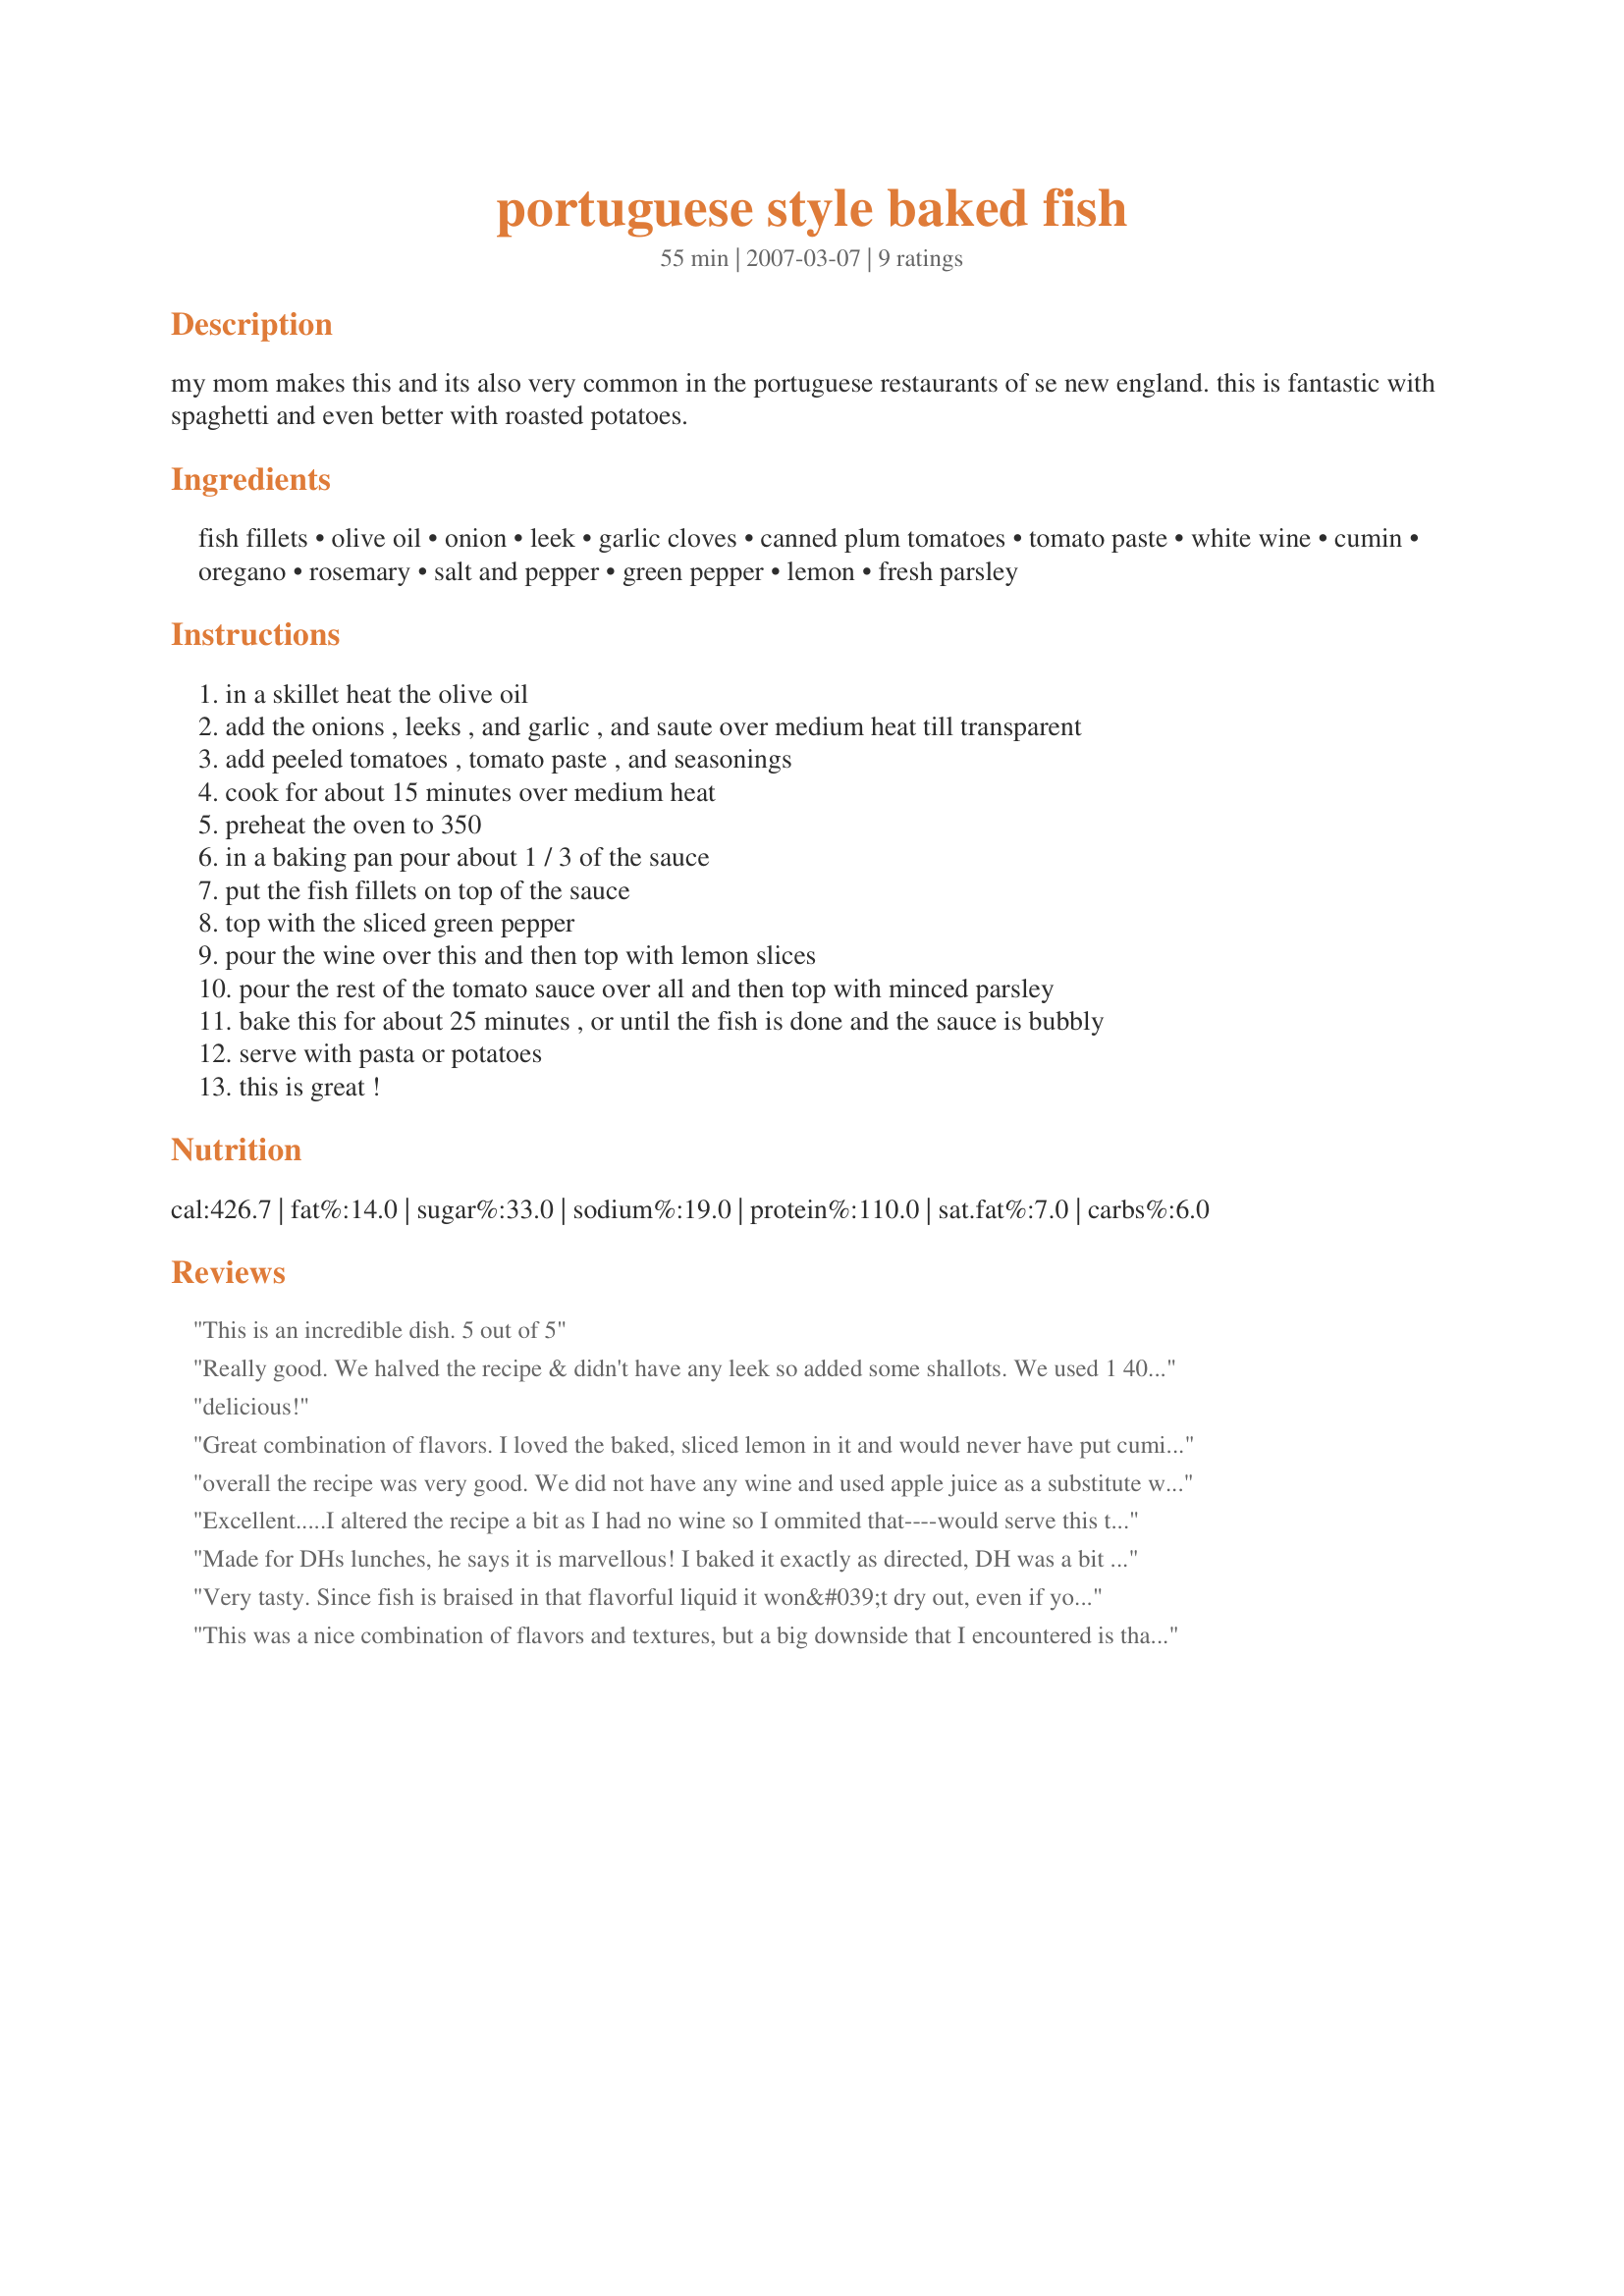
portuguese style baked fish
Preparation time: 55 minutes

my mom makes this and its also very common in the portuguese restaurants of se new england. this is fantastic with spaghetti and even better with roasted potatoes.

Ingredients:
fish fillets, olive oil, onion, leek, garlic cloves, canned plum tomatoes, tomato paste, white wine, cumin, oregano, rosemary, salt and pepper, green pepper, lemon, fresh parsley

Steps:
in a skillet heat the olive oil
add the onions , leeks , and garlic , and saute over medium heat till transparent
add peeled tomatoes , tomato paste , and seasonings
cook for about 15 minutes over medium heat
preheat the oven to 350
in a baking pan pour about 1 / 3 of the sauce
put the fish fillets on top of the sauce
top with the sliced green pepper
pour the wine over this and then top with lemon slices
pour the rest of the tomato sauce over all and then top with minced parsley
bake this for about 25 minutes , or until the fish is done and the sauce is bubbly
serve with pasta or potatoes
this is great !

Reviews:
This is an incredible dish. 5 out of 5
Really good.
We halved the recipe & didn't have any leek so added some shallots.
We used 1 400g can of chopped tomatoes and I'd probably use a bigger can next time & look forward to trying it when we have leek in the house.
Thanks for sharing :)
delicious!
Great combination of flavors. I loved the baked, sliced lemon in it and would never have put cumin, oregano and rosemary together, but love them all, and it works! I made it as per the recipe and served with boiled new potatoes in their skins dressed with olive oil and salt. Different and delicous.
overall the recipe was very good. We did not have any wine and used apple juice as a substitute which made it too sweet for my liking. I would make this again only i would not substitute the wine. The lemons also gave it a great flavor.
Excellent.....I altered the recipe a bit as I had no wine so I ommited that----would serve this to company along with roasted fingerling potatoes.
Made for DHs lunches, he says it is marvellous! I baked it exactly as directed, DH was a bit dubious about baking the lemon slices in the sauce, but the flavour really permeates! he wants me to make it again.. already! :)

Very nice, easy to put-together, i really recommend this dish.

Made for PAC Fall 2008, thanks, Transylmania!
Very tasty. Since fish is braised in that flavorful liquid it won&#039;t dry out, even if you cook a bit too long so it&#039;s a nice choice for when you have company. You can make the tomato sauce way ahead of time and just throw in the oven when you want to eat. Be sure to evaporate most of the liquid when making the sauce and dry fish with paper towel. With 1 cup wine it tends to be a very liquid sauce. You could remove fish and reduce sauce on the stove top before serving. Also good with rice.
This was a nice combination of flavors and textures, but a big downside that I encountered is that the lemon skin bitters the entire dish. The slices of lemon look very nice on top of the fish, but they sure leave a bitter aftertaste. I will make this again, but this time I'll skin the lemons.
